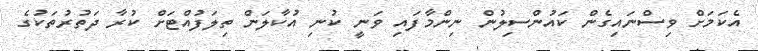
އެކަމަށް ވިސްނައިގެން ކައުންސިލުން ނިންމާފައި ވަނީ ކުނި އުކާލަން ތިލަފުއްޓަށް ކުރާ ދަތުރުތަކުގެ